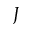
J